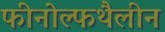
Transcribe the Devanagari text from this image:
फीनोल्फथैलीन